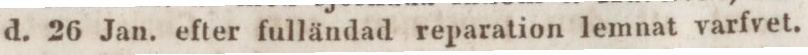
d. 26 Jan. efter fulländad reparation lemnat varfvet.